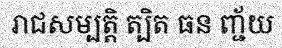
រាជសម្បត្តិ ត្បិត ធន ញ្ជ័យ